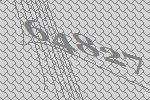
64827